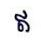
ឥ